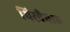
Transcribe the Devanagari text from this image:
थिरवैयारु